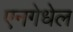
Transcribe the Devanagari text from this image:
एनगेधेल